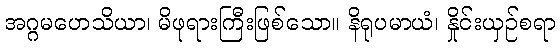
အဂ္ဂမဟေသိယာ၊ မိဖုရားကြီးဖြစ်သော။ နိရုပမာယံ၊ နှိုင်းယှဉ်စရာ